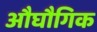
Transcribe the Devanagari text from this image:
औघौगिक